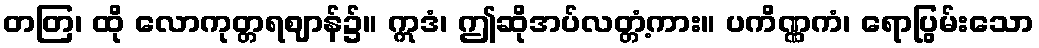
တတြ၊ ထို လောကုတ္တရဈာန်၌။ ဣဒံ၊ ဤဆိုအပ်လတ္တံ့ကား။ ပကိဏ္ဏကံ၊ ရောပြွမ်းသော